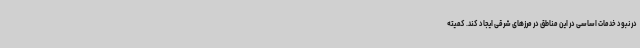
در نبود خدمات اساسی در این مناطق در مرزهای شرقی ایجاد کند. کمیته